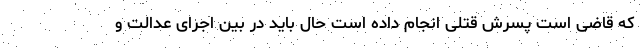
که قاضی است پسرش قتلی انجام داده است حال باید در بین اجرای عدالت و